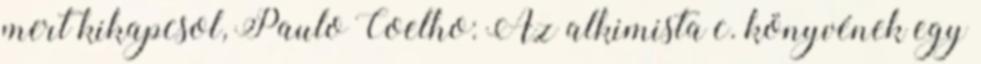
mert kikapcsol, Paulo Coelho: Az alkimista c. könyvének egy